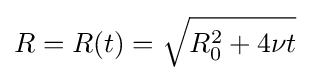
R=R(t)={\sqrt {R_{0}^{2}+4\nu t}}